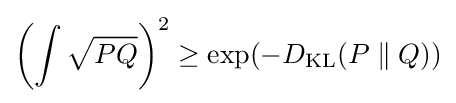
\left(\int {\sqrt {PQ}}\right)^{2}\geq \exp(-D_{\mathrm {KL} }(P\parallel Q))